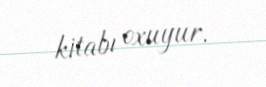
kitabı oxuyur.